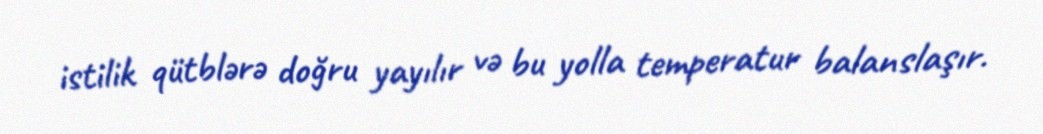
istilik qütblərə doğru yayılır və bu yolla temperatur balanslaşır.